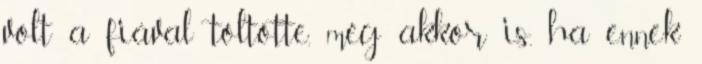
volt a fiával töltötte, még akkor is, ha ennek